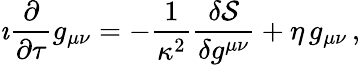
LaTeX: \imath\frac{\partial}{\partial\tau}g_{\mu\nu}=-\frac{1}{\kappa^{2}}\frac{\delta\mathcal{S}}{\delta g^{\mu\nu}}+\eta\, g_{\mu\nu}\, ,